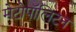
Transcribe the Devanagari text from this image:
मेटोपॉलिटन